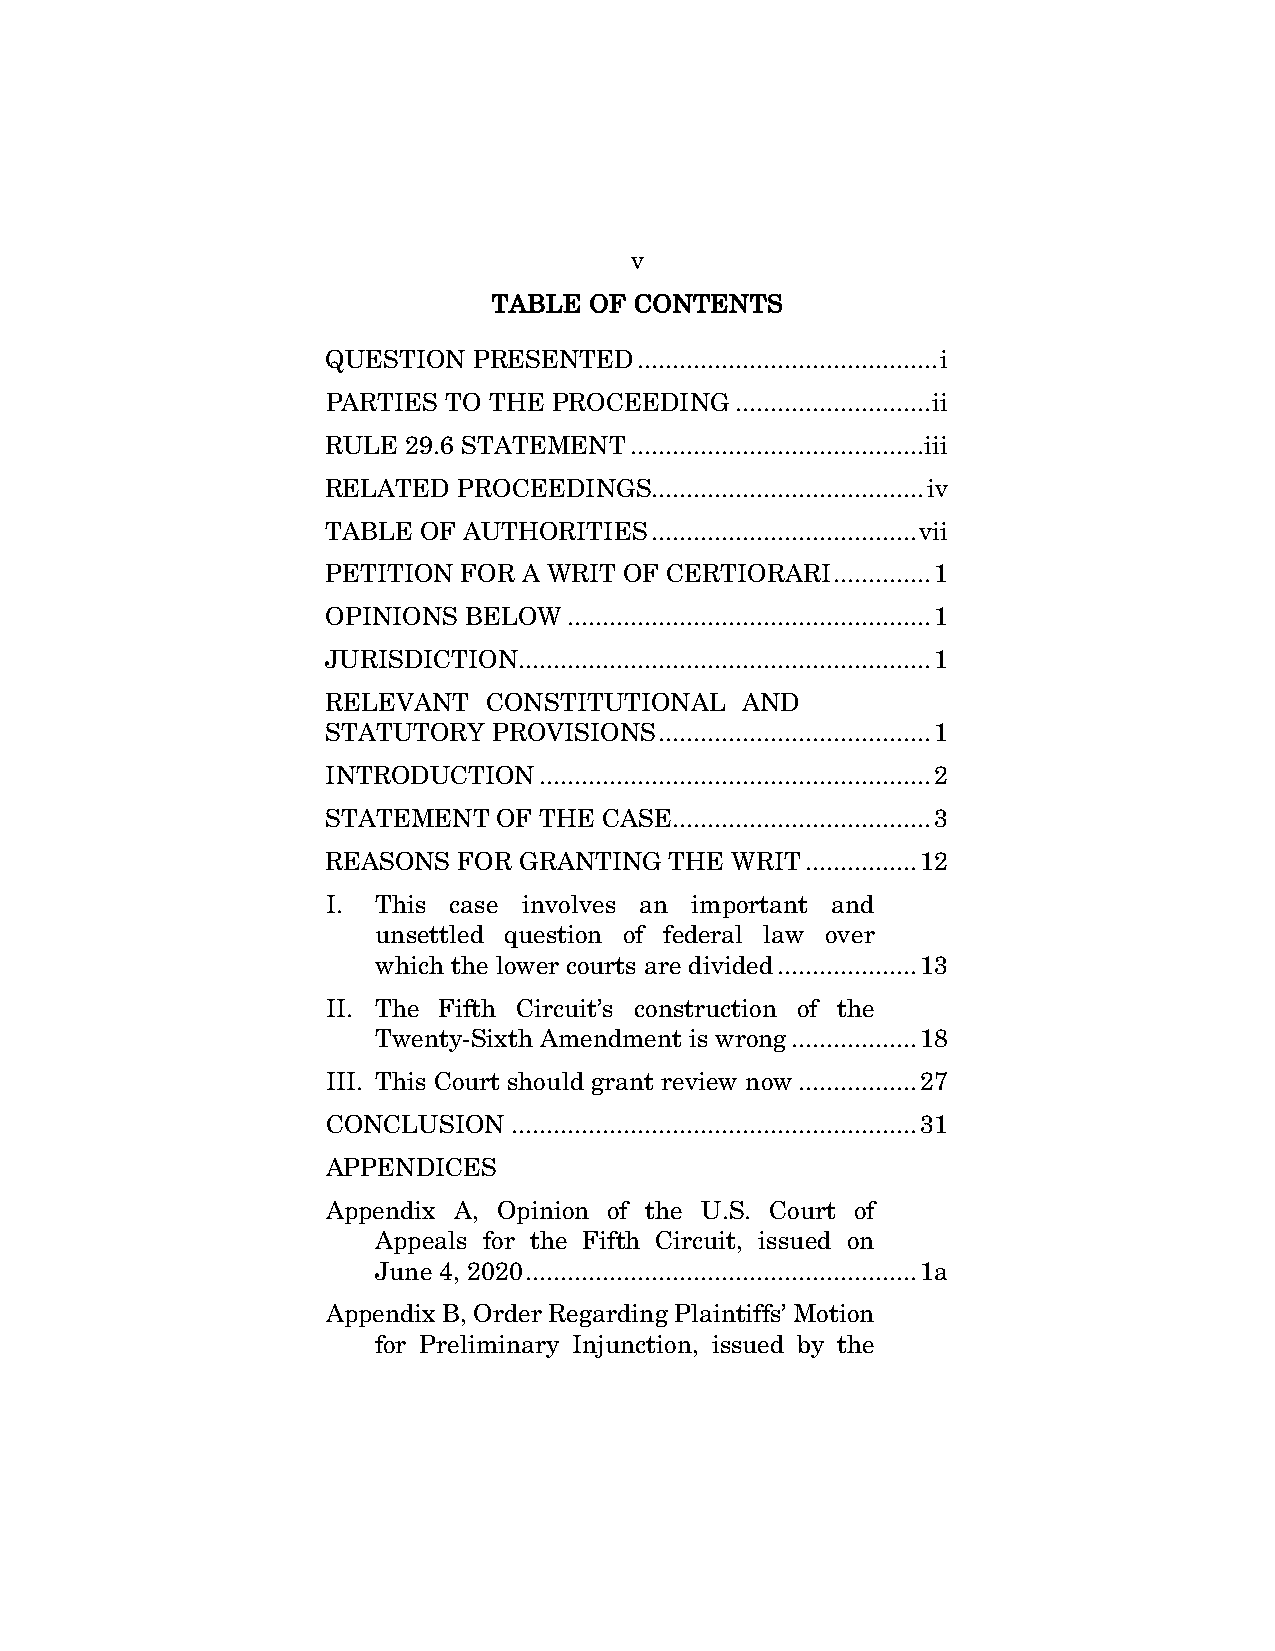
v
 TABLE OF CONTENTS
 QUESTION PRESENTED  ........................................... i
 PARTIES TO THE PROCEEDING  ............................ ii
 RULE 29.6 STATEMENT .......................................... iii
 RELATED PROCEEDINGS....................................... iv
 TABLE OF AUTHORITIES ...................................... vii
 PETITION FOR A WRIT OF CERTIORARI .............. 1
 OPINIONS BELOW  .................................................... 1
 JURISDICTION........................................................... 1
 RELEVANT  CONSTITUTIONAL   AND
 STATUTORY  PROVISIONS ....................................... 1
 INTRODUCTION  ........................................................ 2
 STATEMENT  OF THE CASE..................................... 3
 REASONS FOR GRANTING  THE WRIT ................ 12
 I. This case involves an important and
 unsettled question of federal law over
 which the lower courts are divided .................... 13
 II. The Fifth Circuit’s construction of the
 Twenty-Sixth Amendment is wrong .................. 18
 III. This Court should grant review now ................. 27
 CONCLUSION  .......................................................... 31
 APPENDICES
 Appendix A, Opinion of the U.S. Court of
 Appeals for the Fifth Circuit, issued on
 June 4, 2020 ........................................................ 1a
 Appendix B, Order Regarding Plaintiffs’ Motion
 for Preliminary Injunction, issued by the